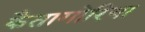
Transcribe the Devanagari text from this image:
कैतागोरिया